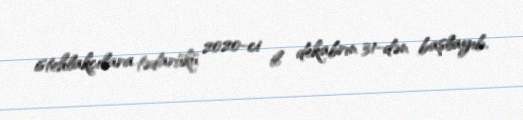
istehlakçılara tədarükü 2020-ci il dekabrın 31-dən başlayıb.